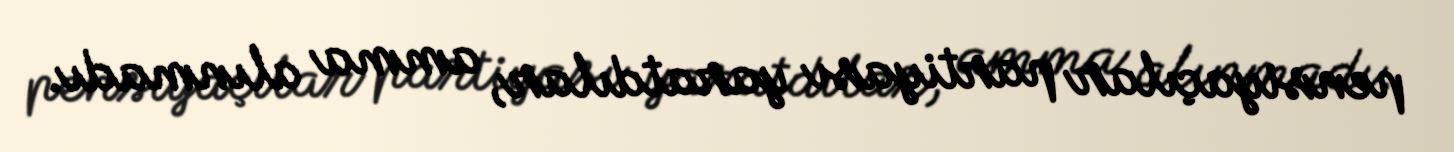
pensiyaçılar partiyası yaratdılar, amma alınmadı.